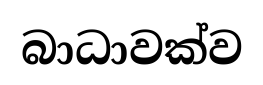
බාධාවක්ව